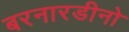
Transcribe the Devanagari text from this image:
बरनारडीनो